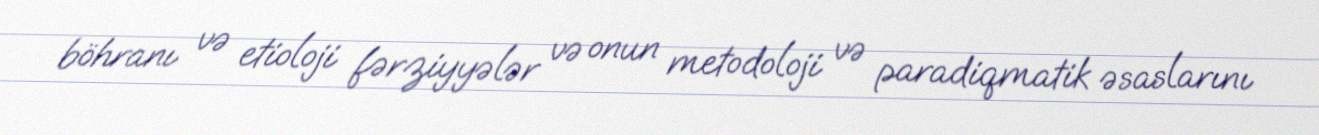
böhranı və etioloji fərziyyələr və onun metodoloji və paradiqmatik əsaslarını